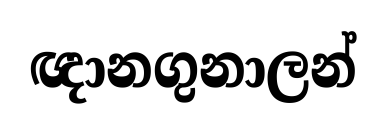
ඥානගුනාලන්